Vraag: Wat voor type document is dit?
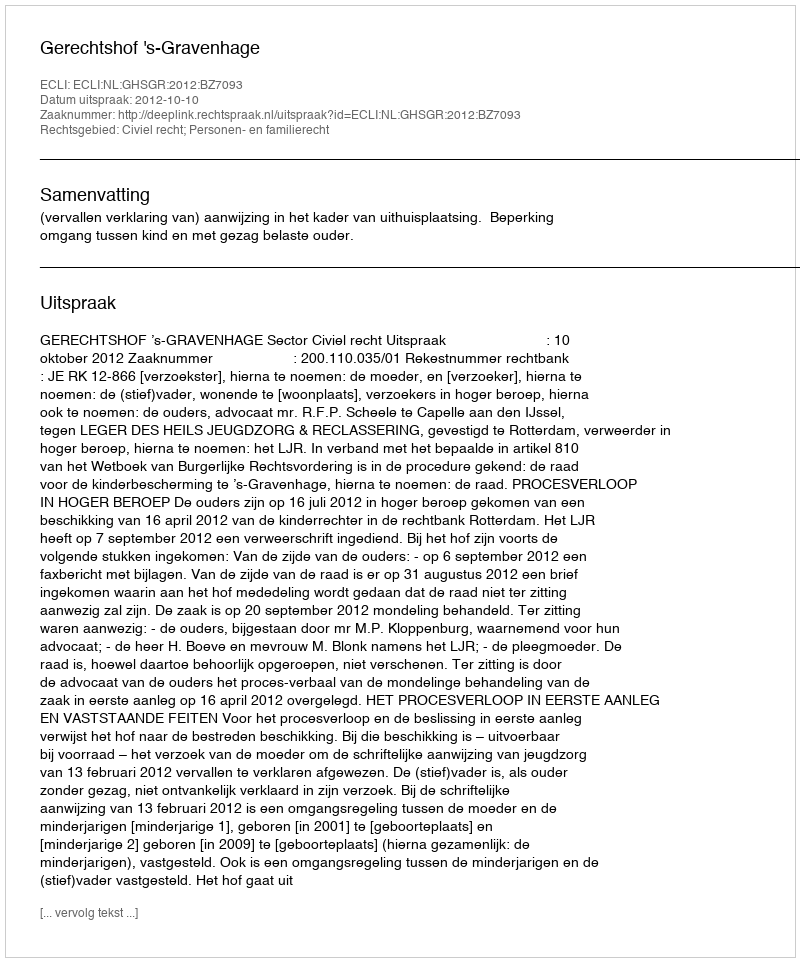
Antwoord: Uitspraak